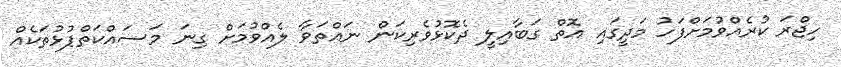
ހިޖްރަ ކުރެއްވުމަށްފަހު މަދީގައި އޮތް ގަބާއިލީ ދެކޮޅުވެރިކަން ނައްތަވާ ލެއްވުމަށް ގިނަ މަސައްކަތްޕުޅުތަކެއް